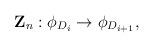
LaTeX: \begin{align*}{\bf Z}_n: \phi_{D_i} \rightarrow \phi_{D_{i+1}},\end{align*}